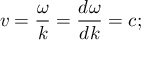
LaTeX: v = { \frac { \omega } { k } } = { \frac { d \omega } { d k } } = c ;